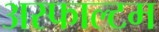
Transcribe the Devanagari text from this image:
अस्फाल्टम